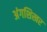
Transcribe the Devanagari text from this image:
अंगशिखर